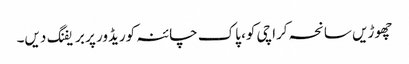
چھوڑیں سانحہ کراچی کو، پاک چائنہ کوریڈور پر بریفنگ دیں۔